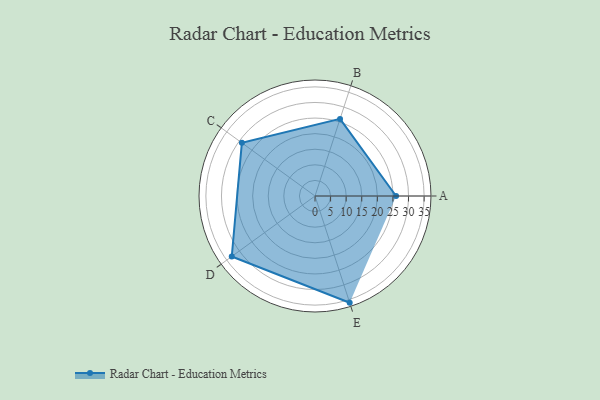
{"axis": {"x": "Skill", "y": "Score"}, "legend": ["Profile"], "data": [{"x": "A", "y": 26.0, "type": "Profile"}, {"x": "B", "y": 26.0, "type": "Profile"}, {"x": "C", "y": 29.0, "type": "Profile"}, {"x": "D", "y": 33.0, "type": "Profile"}, {"x": "E", "y": 36.0, "type": "Profile"}]}